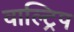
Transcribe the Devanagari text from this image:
वाल्ट्रिप